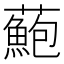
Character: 𧂫